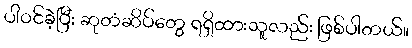
ပါဝင်ခဲ့ပြီး ဆုတံဆိပ်တွေ ရရှိထားသူလည်း ဖြစ်ပါတယ်။